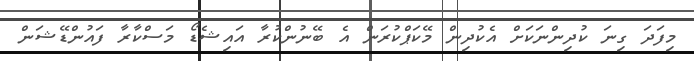
މިފަދަ ގިނަ ކުދިންނަކަށް އެކުދިން މޭކަޕްކުރަން އެ ބޭނުންކުރާ އައިޝެޑޯ މަސްކާރާ ފައުންޑޭޝަން